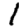
Digit: 1